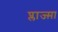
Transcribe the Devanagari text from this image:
प्लाज्म़ा